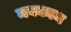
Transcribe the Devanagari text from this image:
मक्काम